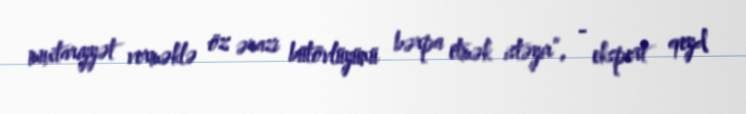
muxtariyyət verməklə öz ərazi bütövlüyünü bərpa etmək istəyir”, - ekspert qeyd